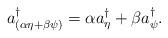
LaTeX: \begin{align*}a^\dag_{(\alpha\eta+\beta\psi)}=\alpha a^\dag_\eta+\beta a^\dag_\psi.\end{align*}